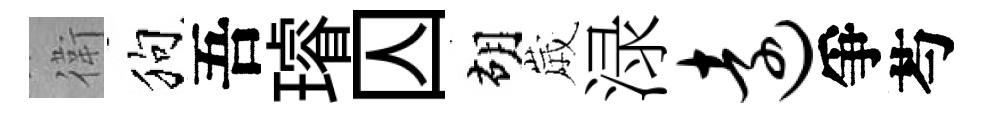
衛狗吾璿囚胡𡻕渌远爭芍